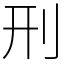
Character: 刑